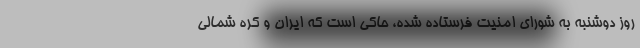
روز دوشنبه به شورای امنیت فرستاده شده، حاکی است که ایران و کره شمالی